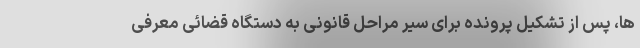
ها، پس از تشکیل پرونده برای سیر مراحل قانونی به دستگاه قضائی معرفی